Bréfritari: Sigríður Pálsdóttir
Viðtakandi: Páll Pálsson
Dagsetning: A-1843-04-28
Skrifað á: Síðumúla  Mýr.
Páll var bróðir Sigríðar

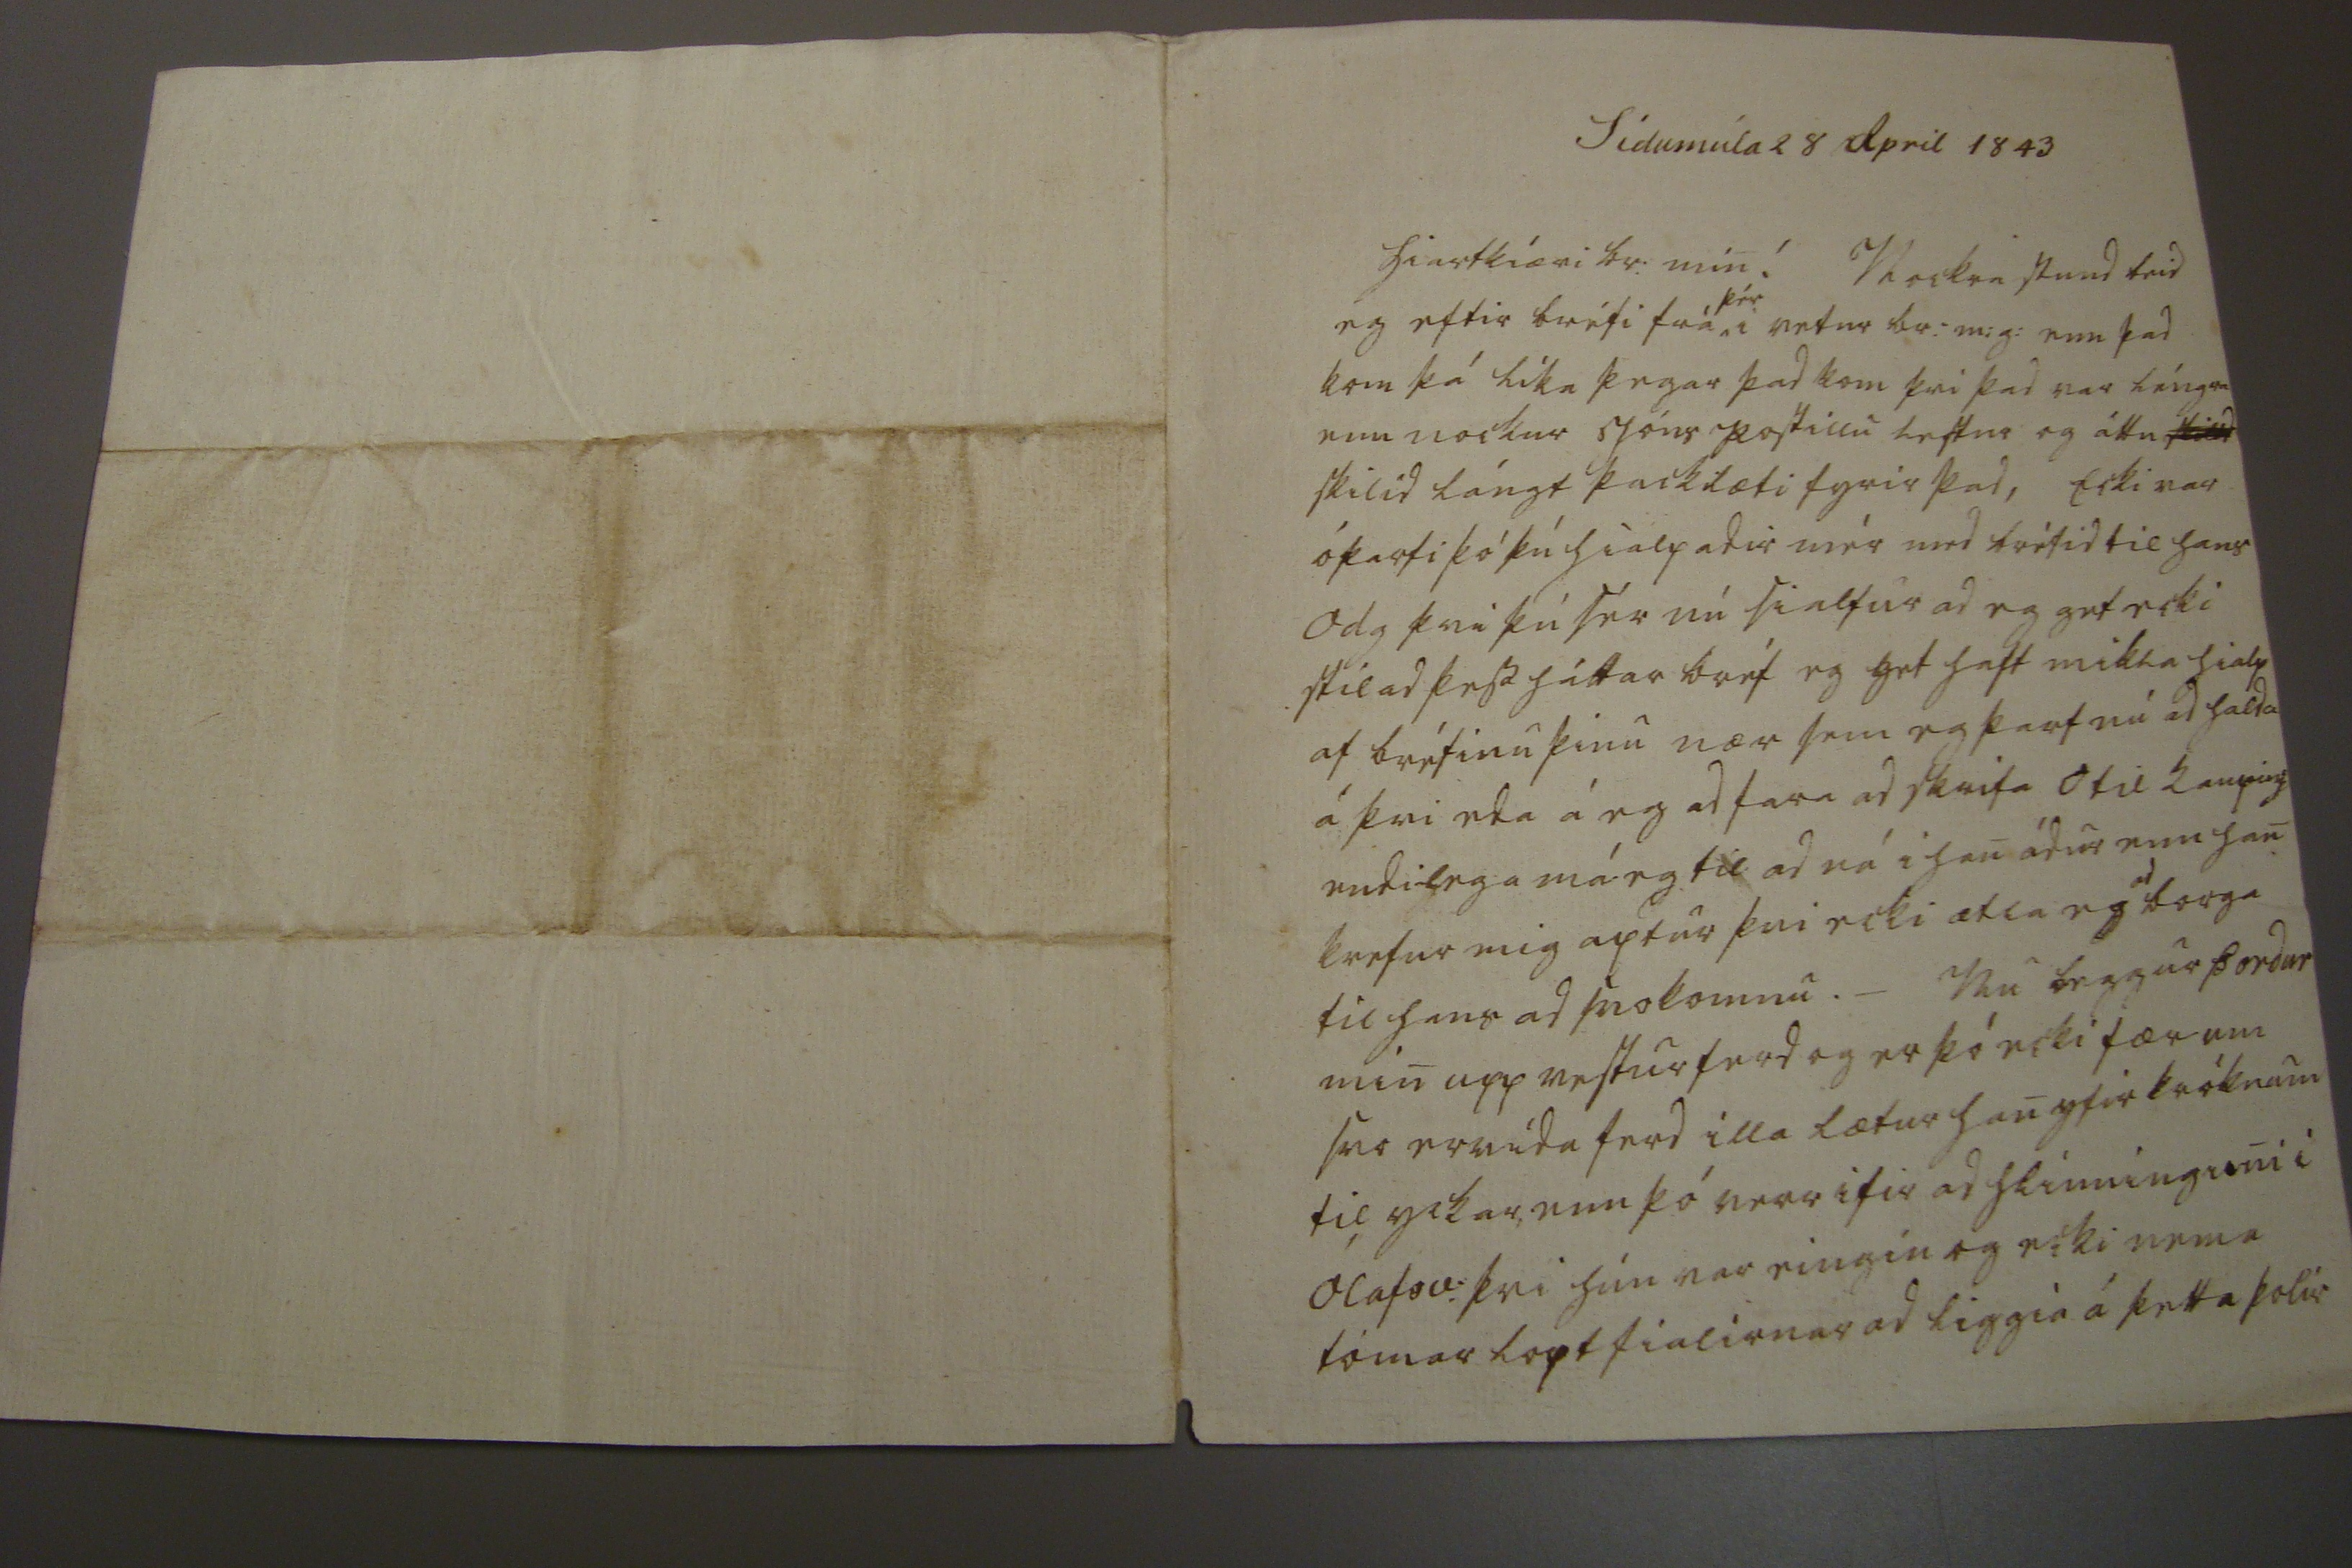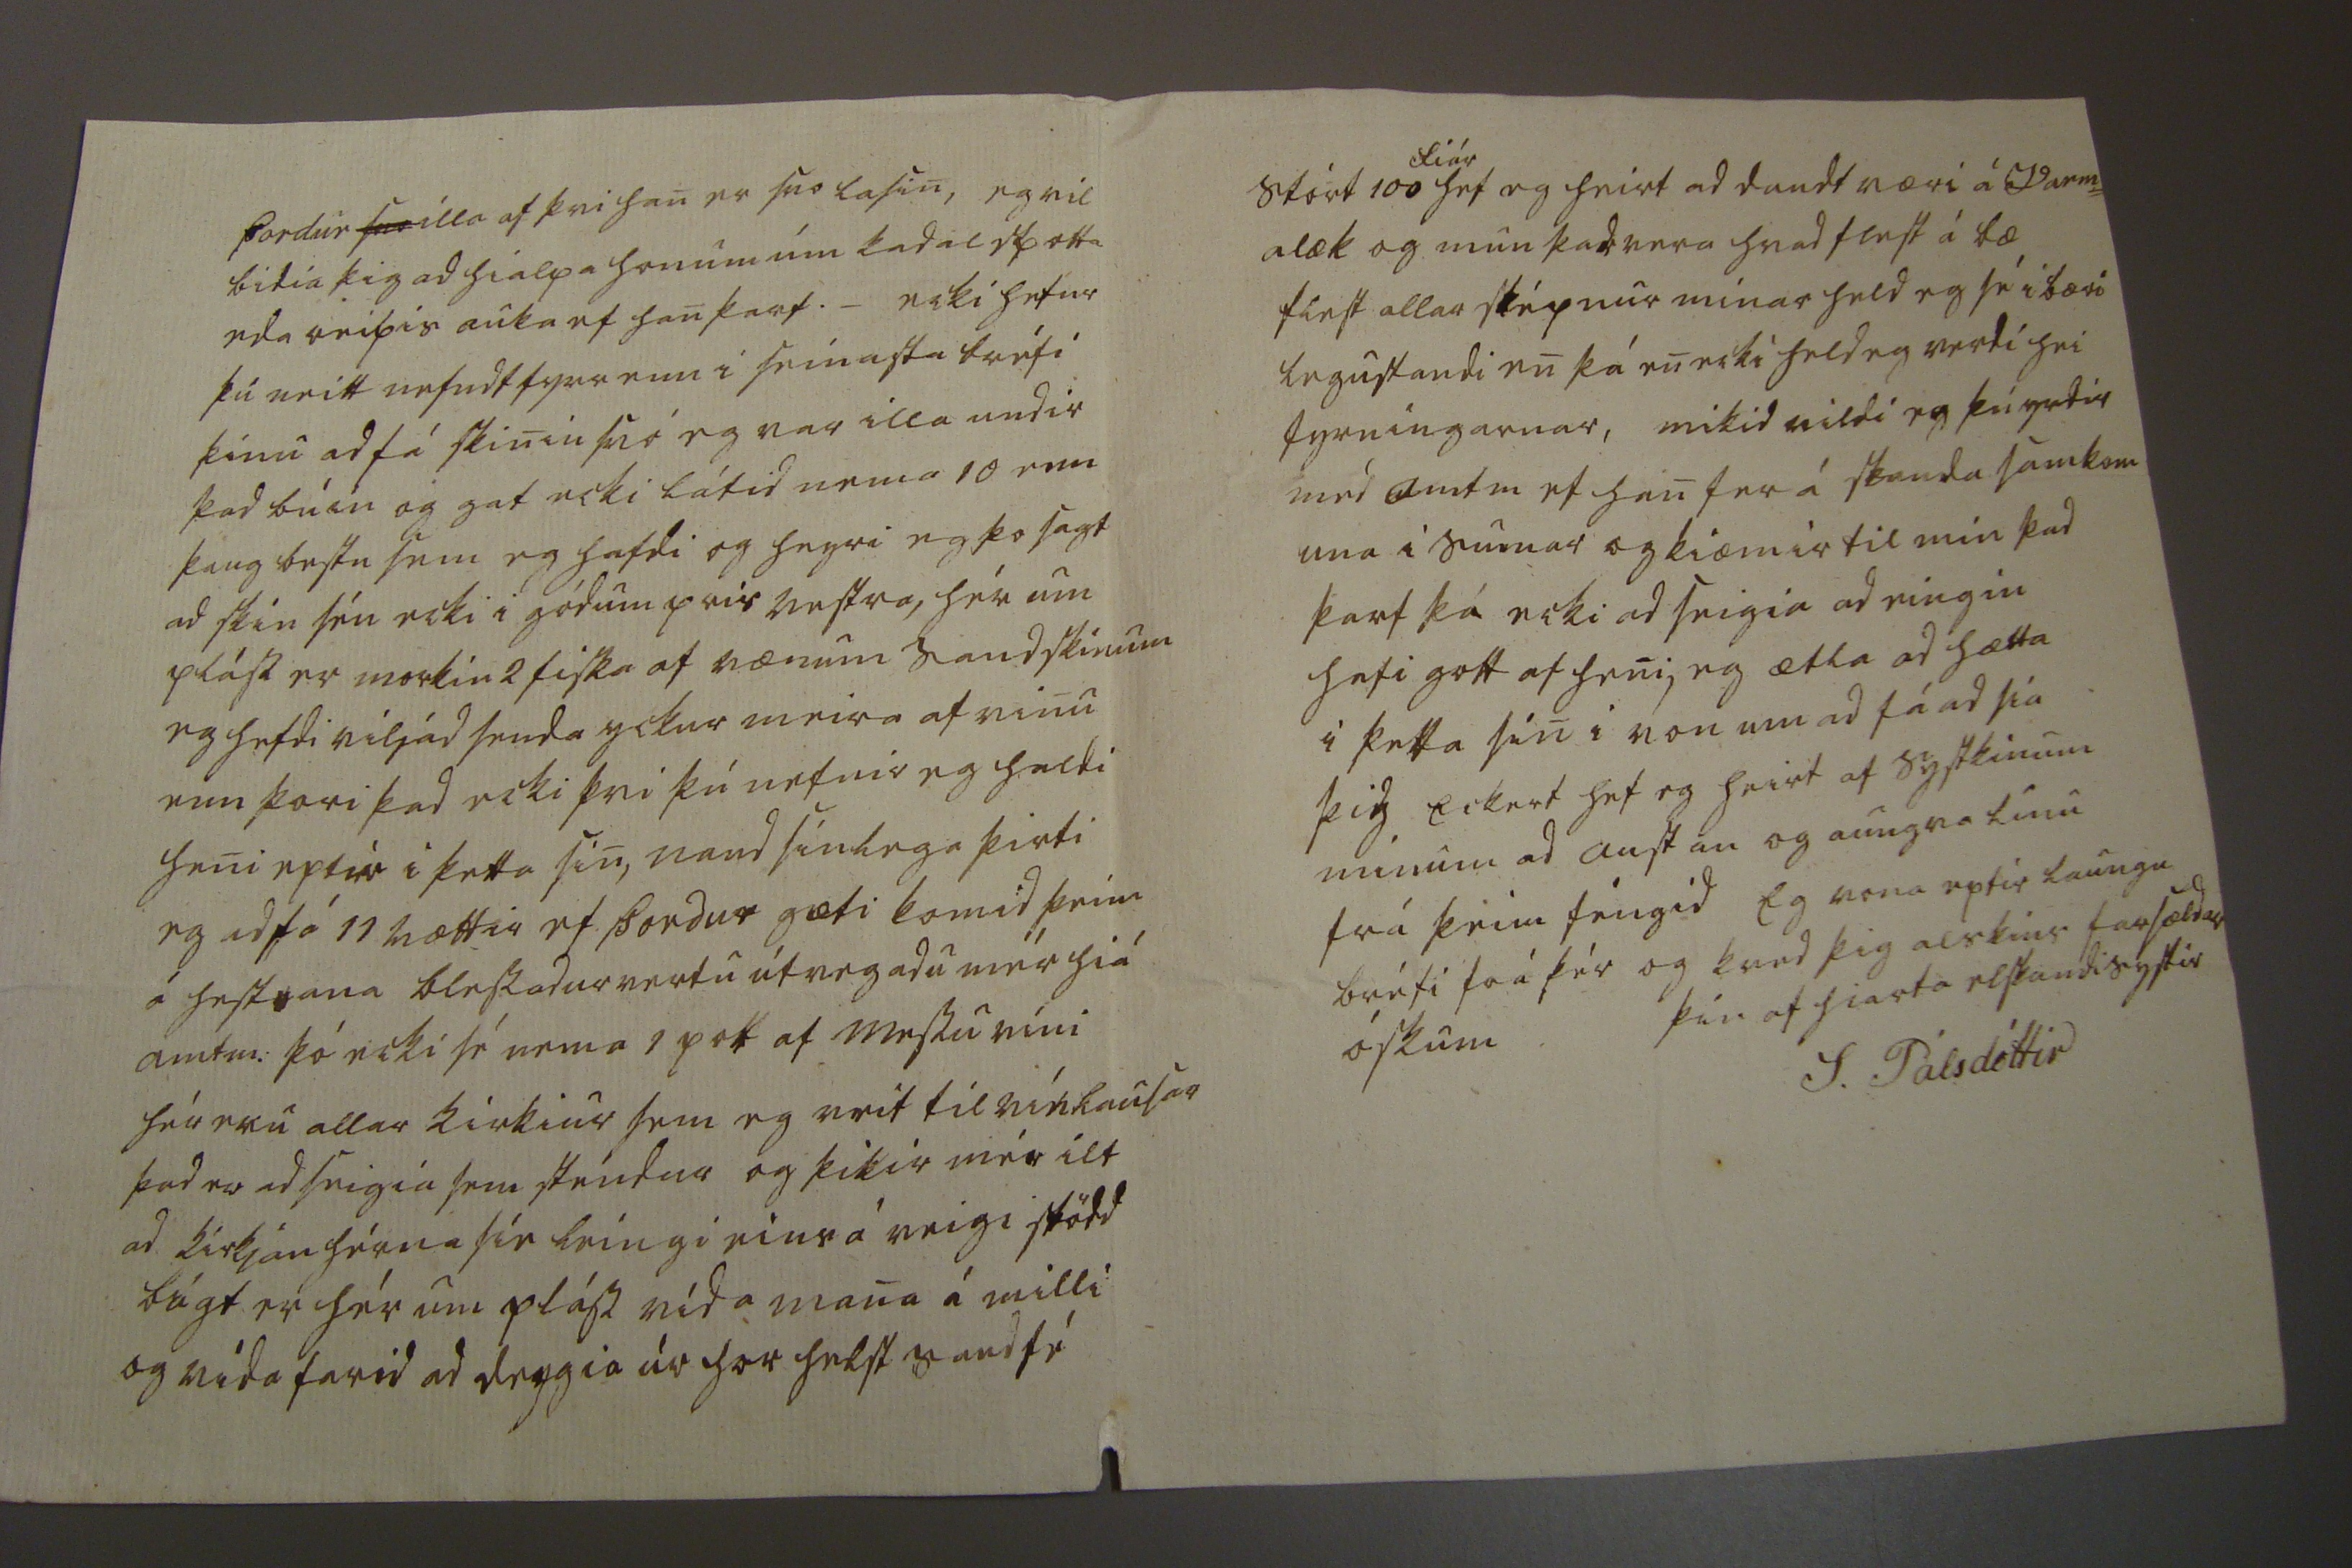

Sídumúla 28 April 1843
Hiartkiæri br: min! Nockra stund beid eg eftir bréfi frá
þér
vetur br:m:g: enn þad kom þá líka þegar þad kom þvi þad var léngra enn nockur Jóns postillu lestur og áttu
skilid
skilid lángt þacklæti fyrir þad, Ecki var óþarfi þó þú hialpadir mér med bréfid til hans Odg þvi þú sér nú sialfur ad eg get ecki stilad þess háttar bréf eg hef haft mikla hialp af bréfinu þinu nær sem eg þarf nú ad halda á þvi eda á eg ad fara ad skrifa O til kaup
ins
endilega má eg til ad ná i han ádur enn han krefur mig aptur þvi ecki ætla eg
ad
borga til hans ad svokomnu._ Nu leggur Þordur min upp vestur ferd og er þó ecki fær um svo ervida ferd illa lætur han yfir króknum til yckar, enn þó verr ifir ad hlinninguni i Ólafsv: þvi hún var eingin og ecki nema tómar loptfialirnar ad liggia á þetta þolir
Þordur
svo
illa af þvi han er svo lasin, eg vil bidia þig ad hialpa honum um kadal spotta eda reipis auka ef han þarf._ ecki hefur þú neitt nefndt fyrr enn i seinasta bréfi þinu ad fá skinin svó eg var illa undir þad búin og gat ecki látid nema 10 enn þaug bestu sem eg hafdi og heyri eg þo sagt ad skín séu ecki i gódum pris vestra, hér um pláss er morkin 2 fiska af vænum saudskinum eg hefdi viljad senda yckur meira af vinu enn þori þad ecki þvi þú nefnir eg haldi heni eptir i þetta sin, naud sinlega þirti eg ad fá 11 vættir ef Þordur gæti komid þeim á hestana blessadur vertu útvegadu mér hiá amtm: þó ecki sé nema 1 pott af messuvíni hér eru allar kirkiur sem eg veit til vínlausar þad er ad seigia sem stendur og þikir mér ilt ad kirkjan hérna síe leingi eins á veigi stödd bágt er hér um pláss vída mana á milli og vída farid ad deygia úr hor helst saudfé
Stórt 100
fiár
hef eg heirt ad daudt væri á Varm= alæk og mun þad vera hvad flest á bæ flest allar sképnur mínar held eg sé í bæri legustandi en þá en ecki held eg verdi hei fyrningarnar, mikid vildi eg þú yrdir med amtm ef han fer á
skanda
samkom una i sumar og kiæmir til mín þad þarf þá ecki ad seigia ad eingin hafi gott af heni, eg ætla ad hætta i þetta sin i von um ad fá ad sia þig Eckert hef eg heirt af systkinum minum ad austan og aungva línu frá þeim féngid Eg vona eptir laungu bréfi frá þér og kved þig alskins farsældar óskum
þín af hiarta elskandi systir
S. Pálsdóttir